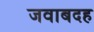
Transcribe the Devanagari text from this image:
जवाबदह